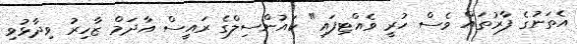
އެތަނުގެ ފާރުތައް ވެސް ހުރީ ވެއްޓިފައި" ކައުންސިލްގެ ރައީސް އާދަމް ޒާހިރު ވިދާޅުވި